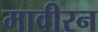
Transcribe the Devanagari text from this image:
मावीरन